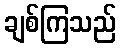
ချစ်ကြသည်